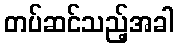
တပ်ဆင်သည့်အခါ